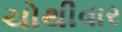
ચોથીવાર